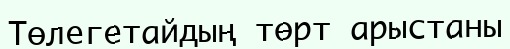
Төлегетайдың төрт арыстаны